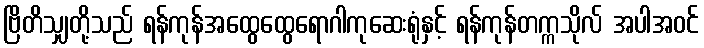
ဗြိတိသျှတို့သည် ရန်ကုန်အထွေထွေရောဂါကုဆေးရုံနှင့် ရန်ကုန်တက္ကသိုလ် အပါအဝင်